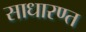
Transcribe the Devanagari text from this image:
साधारण्त